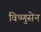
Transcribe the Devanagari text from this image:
विष्णुसेन